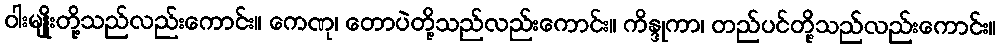
ဝါးမျိုးတို့သည်လည်းကောင်း။ ကေဏု၊ တောပဲတို့သည်လည်းကောင်း။ ကိန္ဒုကာ၊ တည်ပင်တို့သည်လည်းကောင်း။